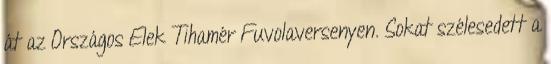
át az Országos Elek Tihamér Fuvolaversenyen. Sokat szélesedett a